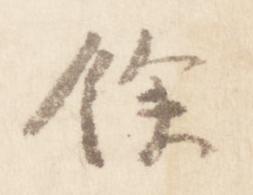
余